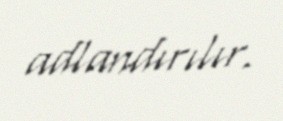
adlandırılır.